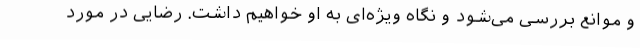
و موانع بررسی می‌شود و نگاه ویژه‌ای به او خواهیم داشت. رضایی در مورد